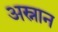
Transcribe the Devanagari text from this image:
अस्नान